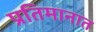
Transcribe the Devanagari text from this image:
प्रतिमानात